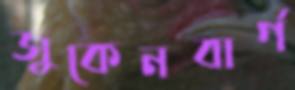
জুকেনবার্গ